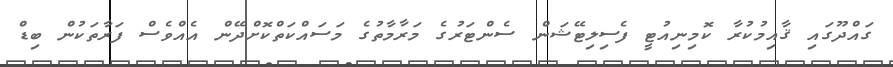
ގައްދޫގައި ޤާއިމުކުރާ ކޮމިނިއުޓީ ފެސިލިޓޭޝަން ސެންޓަރުގެ މަރާމާތުގެ މަސައްކަތްކޮށްދޭން އެއްވެސް ފަރާތަކުން ބިޑް